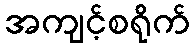
အကျင့်စရိုက်